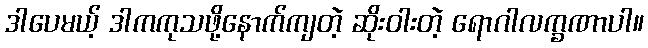
ဒါပေမယ့် ဒါကကုသဖို့နောက်ကျတဲ့ ဆိုးဝါးတဲ့ ရောဂါလက္ခဏာပါ။